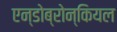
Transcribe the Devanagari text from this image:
एन्डोब्रोन्कियल